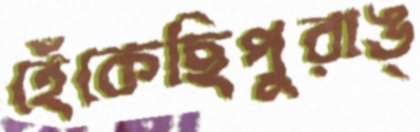
হেঁকেছিপুরাঙ্